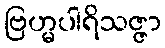
ဗြဟ္မပါရိသဇ္ဇာ